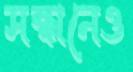
সন্ধানেও